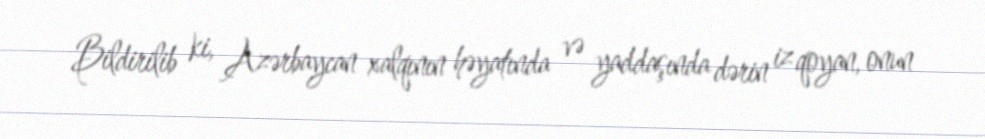
Bildirilib ki, Azərbaycan xalqının həyatında və yaddaşında dərin iz qoyan, onun